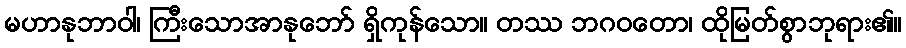
မဟာနုဘာဝါ၊ ကြီးသောအာနုဘော် ရှိကုန်သော။ တဿ ဘဂဝတော၊ ထိုမြတ်စွာဘုရား၏။